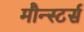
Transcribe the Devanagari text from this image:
मौन्स्टर्स